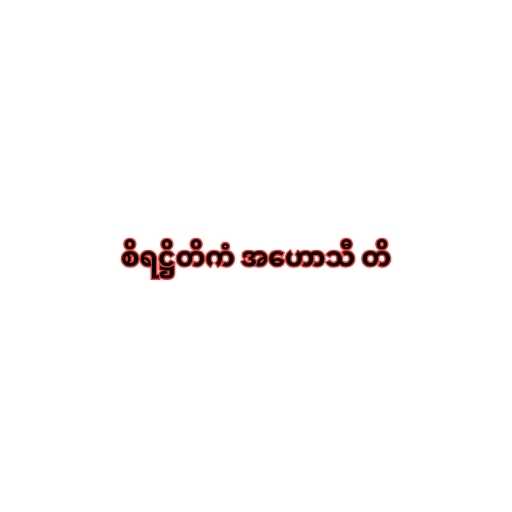
စိရဋ္ဌိတိကံ အဟောသီ တိ